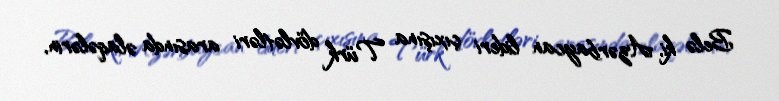
Belə ki, Azərbaycan lideri çıxışına Türk dövlətləri arasında əlaqələrin,